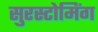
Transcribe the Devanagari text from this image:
सुरस्टोमिंग